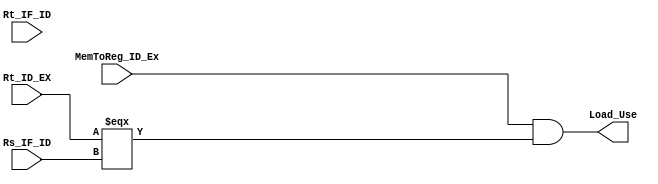
// Load-Use
module LoadUseUnit206 (
    input               MemToReg_ID_Ex,         //
    input[5-1:0]        Rt_ID_EX,               //
    input[5-1:0]        Rt_IF_ID,               //
    input[5-1:0]        Rs_IF_ID,               //

    output              Load_Use                // load-use
);

    assign Load_Use = MemToReg_ID_Ex && ((Rt_ID_EX === Rs_IF_ID) || (Rt_ID_EX === Rs_IF_ID));

endmodule //LoadUseUnit